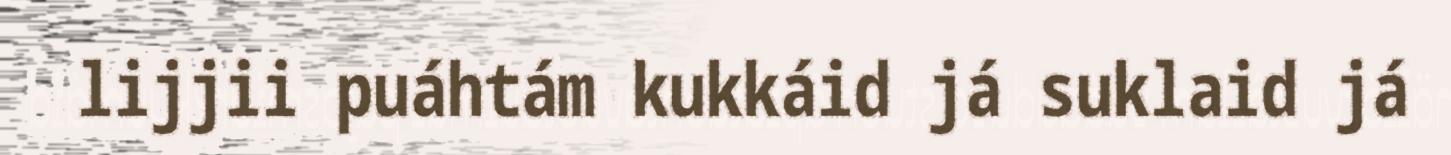
lijjii puáhtám kukkáid já suklaid já